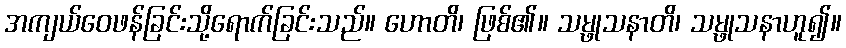
အကျယ်ဝေဖန်ခြင်းသို့ရောက်ခြင်းသည်။ ဟောတိ၊ ဖြစ်၏။ သမ္ဖုသနာတိ၊ သမ္ဖုသနာဟူ၍။